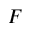
\boldsymbol { F }